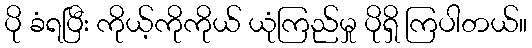
ပို ခံရပြီး ကိုယ့်ကိုကိုယ် ယုံကြည်မှု ပိုရှိ ကြပါတယ်။